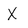
Character: X